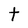
Character: t